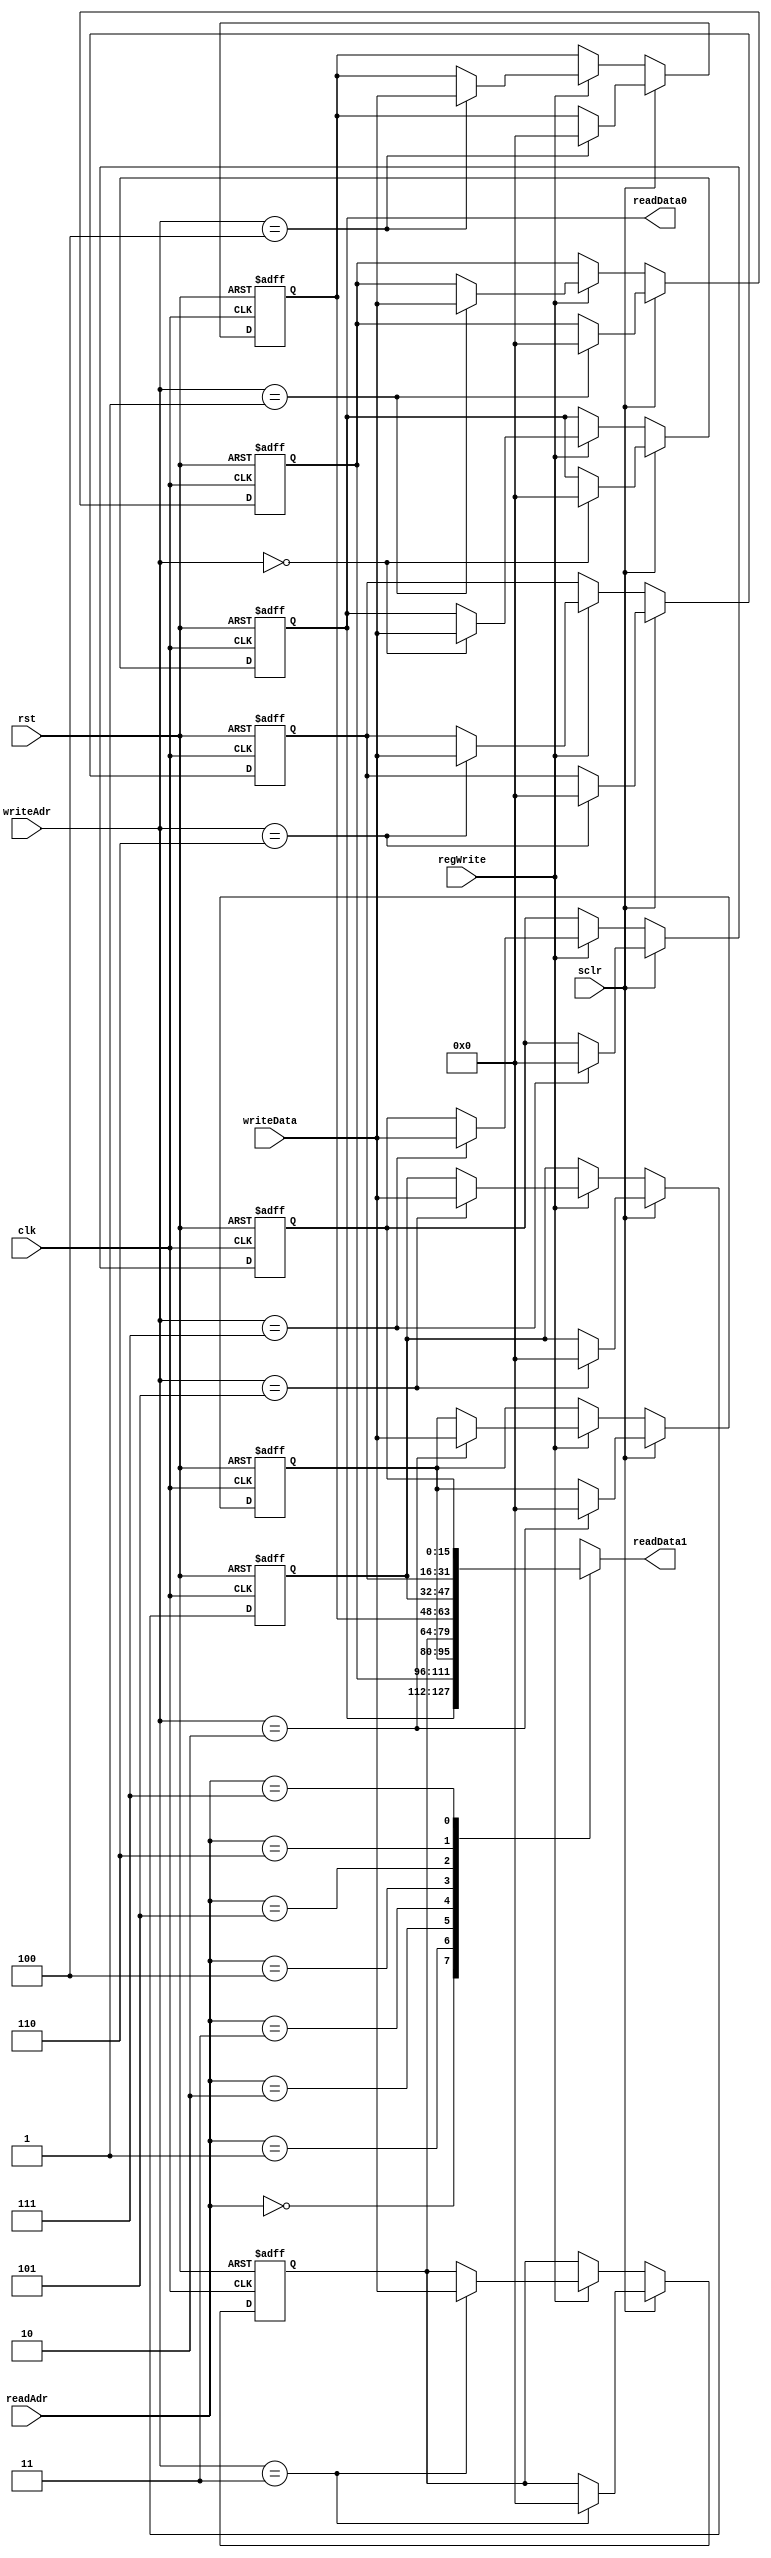
`define BITS(x) $rtoi($ceil($clog2(x)))

module RegisterFile (readAdr, writeAdr, writeData, regWrite, sclr, clk, rst, readData0, readData1);
    parameter WordLen = 16;
    parameter WordCount = 8;

    input [`BITS(WordCount)-1:0] readAdr, writeAdr;
    input [WordLen-1:0] writeData;
    input regWrite, sclr, clk, rst;
    output [WordLen-1:0] readData0, readData1;

    reg [WordLen-1:0] regFile [0:WordCount-1];

    assign readData0 = regFile[0];
    assign readData1 = regFile[readAdr];

    integer i;

    always @(posedge clk or posedge rst) begin
        if (rst)
            for (i = 0; i < WordCount; i = i + 1)
                regFile[i] <= {WordLen{1'b0}};
        else if (sclr)
            regFile[writeAdr] <= {WordLen{1'b0}};
        else if (regWrite)
            regFile[writeAdr] <= writeData;
    end
endmodule